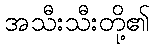
အသီးသီးတို့၏